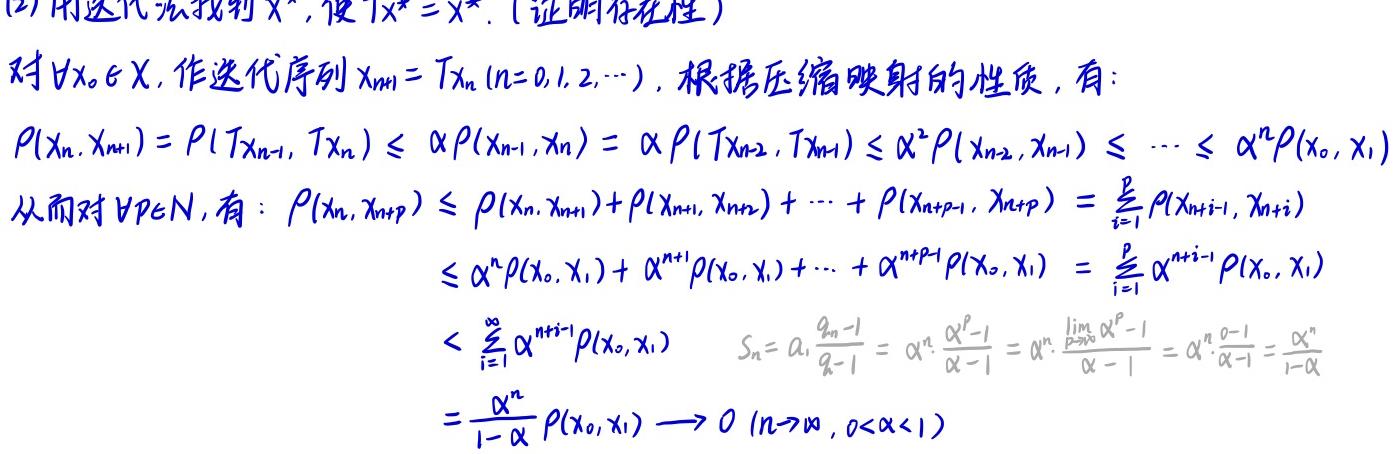
(2) 用迭代法找到 $x^*$, 使 $Tx^* = x^*$. (证明存在性)

对 $\forall x_0 \in X$, 作迭代序列 $x_{n + 1} = Tx_n (n = 0,1,2,\cdots)$, 根据压缩映射的性质, 有:

$P(x_n, x_{n + 1}) = P(Tx_{n - 1}, Tx_n) \leq \alpha P(x_{n - 1}, x_n) = \alpha P(Tx_{n - 2}, Tx_{n - 1}) \leq \alpha^2 P(x_{n - 2}, x_{n - 1}) \leq \cdots \leq \alpha^n P(x_0, x_1)$

从而对 $\forall p \in N$, 有: $P(x_n, x_{n + p}) \leq P(x_n, x_{n + 1}) + P(x_{n + 1}, x_{n + 2}) + \cdots + P(x_{n + p - 1}, x_{n + p}) = \sum_{i = 1}^{p} P(x_{n + i - 1}, x_{n + i})$

$\leq \alpha^n P(x_0, x_1) + \alpha^{n + 1} P(x_0, x_1) + \cdots + \alpha^{n + p - 1} P(x_0, x_1) = \sum_{i = 1}^{p} \alpha^{n + i - 1} P(x_0, x_1)$

$< \sum_{i = 1}^{\infty} \alpha^{n + i - 1} P(x_0, x_1)$  $S_n = a_1\frac{q^n - 1}{q - 1} = \alpha^n \frac{\alpha^p - 1}{\alpha - 1} = \alpha^n \cdot \frac{\lim_{p \to \infty} \alpha^p - 1}{\alpha - 1} = \alpha^n \cdot \frac{0 - 1}{\alpha - 1} = \frac{\alpha^n}{1 - \alpha}$

$= \frac{\alpha^n}{1 - \alpha} P(x_0, x_1) \to 0 (n \to \infty, 0 < \alpha < 1)$